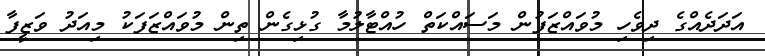
އަދަދެއްގެ ދިވެހި މުވައްޒަފުން މަސައްކަތް ހުއްޓާލުމާ ގުޅިގެން ތިން މުވައްޒަފަކު މިއަދު ވަޒީފާ